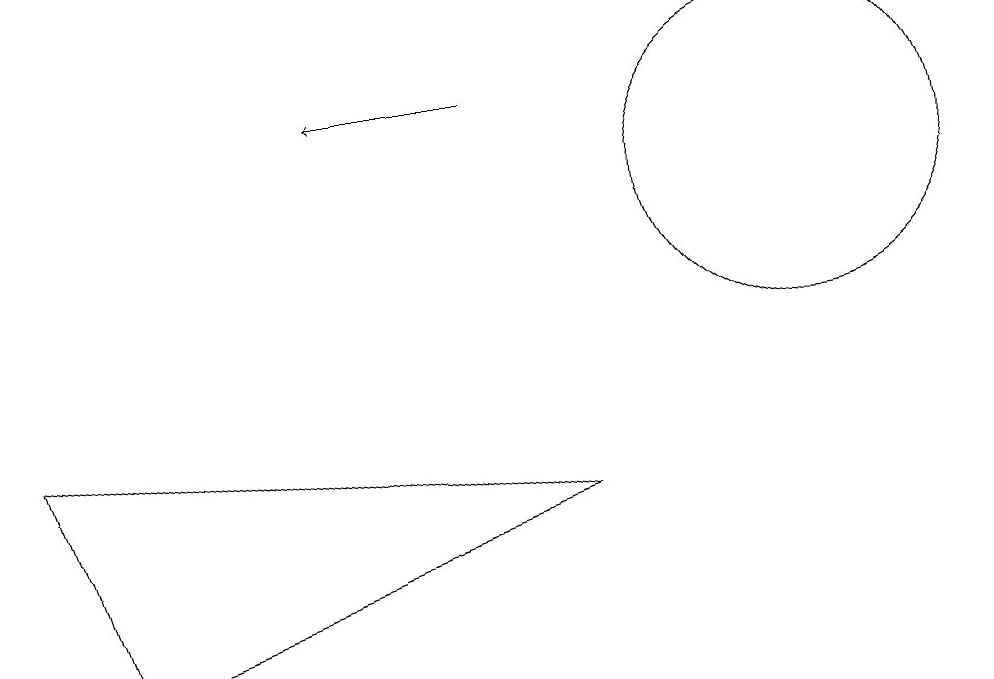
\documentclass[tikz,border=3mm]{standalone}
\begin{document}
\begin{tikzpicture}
\draw (10,10) circle (2);
\draw (1,4) -- (0,7) -- (7,6) -- cycle;
\draw[->] (6,11) -- (4,11);
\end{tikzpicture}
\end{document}